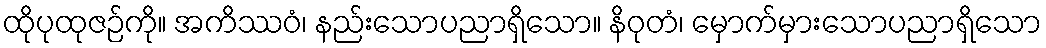
ထိုပုထုဇဉ်ကို။ အကိဿဝံ၊ နည်းသောပညာရှိသော။ နိဝုတံ၊ မှောက်မှားသောပညာရှိသော